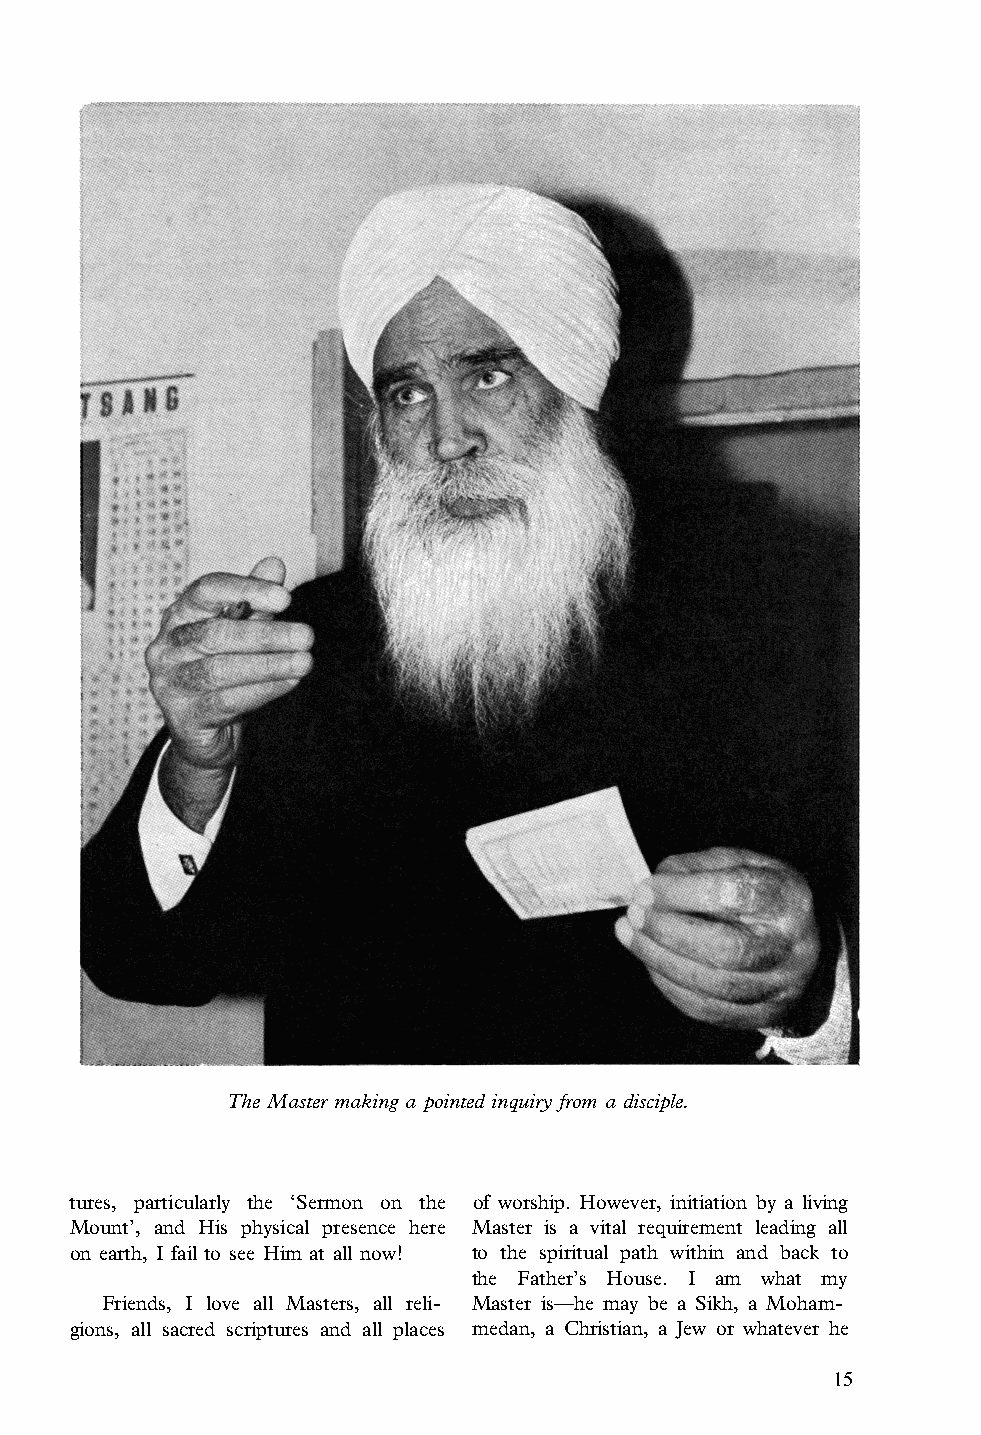
The Master making a pointed inquiry from a disciple.
 tures, particularly the ‘Sermon on the of worship. However, initiation by a living
 Mount’, and His physical presence here Master is a vital requirement leading all
 on earth, I fail to see Him at all now! to the spiritual path within and back to
 the Father’s House. I am what my
 Friends, I love all Masters, all reli­ Master is—he may be a Sikh, a Moham­
 gions, all sacred scriptures and all places medan, a Christian, a Jew or whatever he
 15